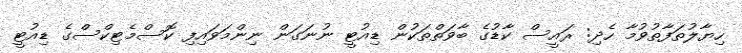
ހިޔާލުތަފާތުވުމާ ހެދި: ރައީސް ކާޑުގެ ބާވަތްތަކުން ޑިއުޓީ ނުނަގަން ނިންމަވައިފި ކޮސްމެޓިކްސްގެ ޑިއުޓީ